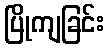
ပြိုကျခြင်း